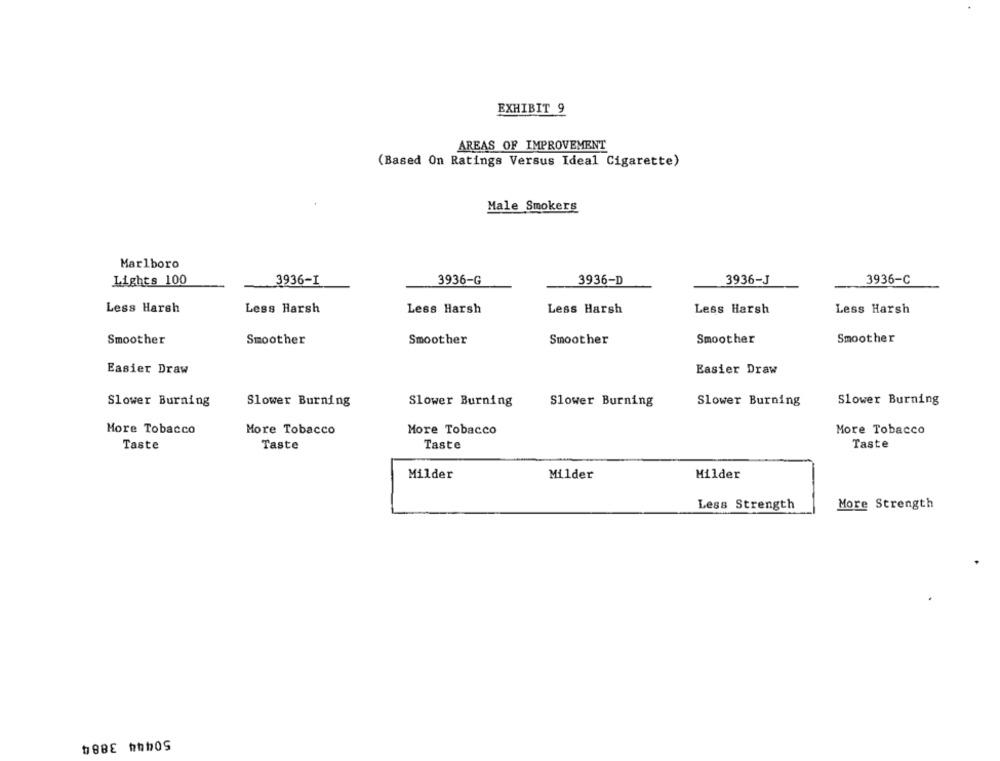
EXHIBIT 9
AREAS OF IMPROVEMENT
(Based On Ratings Versus Ideal Cigarette)
Male Smokers
Marlboro
Lights 100
3936-I
3936-G
3936-D
3936-J
3936-C
Less Harsh
Less Harsh
Less Harsh
Less Harsh
Less Harsh
Less Harsh
Smoother
Smoother
Smoother
Smoother
Smoother
Smoother
Easier Draw
Easier Draw
Slower Burning
Slower Burning
Slower Burning
Slower Burning
Slower Burning
Slower Burning
More Tobacco
More Tobacco
More Tobacco
More Tobacco
Taste
Taste
Taste
Taste
Milder
Milder
Milder
Less Strength
More Strength
50444 3884